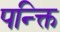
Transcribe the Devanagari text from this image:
पन्क्ति